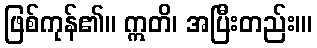
ဖြစ်ကုန်၏။ ဣတိ၊ အပြီးတည်း။၊